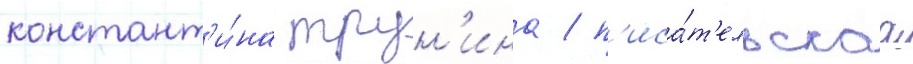
констант'и́на трун'ина / п'иса́т'ельскаа